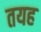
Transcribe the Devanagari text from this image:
तयह